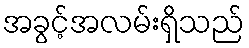
အခွင့်အလမ်းရှိသည်